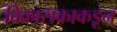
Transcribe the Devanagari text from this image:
विकासकाकडून